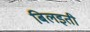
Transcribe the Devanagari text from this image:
बिलइती